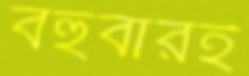
বহুবারই